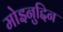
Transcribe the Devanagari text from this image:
मोइनुद्दिन